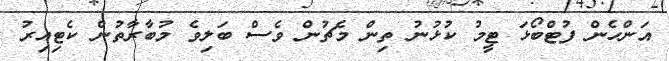
އަންހެން ފުޓްބޯޅަ ޓީމު ކުޅުނު ތިން މެޗުން ވެސް ބަލިވެ މުބާރާތުން ކެޓިއިރު